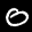
Label: 0